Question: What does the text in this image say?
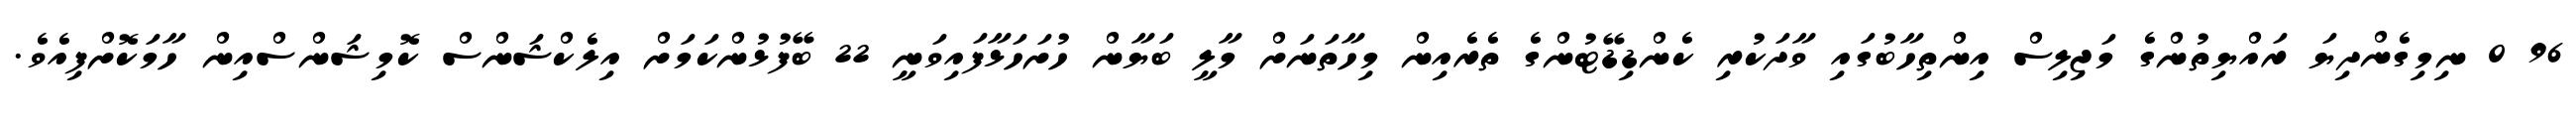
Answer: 96 0 ނިމިގެންދިޔަ ރައްޔިތުންގެ މަޖިލިސް އިންތިހާބުގައި ވާދަކުރި ކެންޑިޑޭޓުންގެ ތެރެއިން މިހާތަނަށް މާލީ ބަޔާން ހުށަހަޅާފައިވަނީ 22 ބޭފުޅުންކަމަށް އިލެކްޝަންސް ކޮމިޝަންސްއިން ހާމަކޮށްފިއެވެ.